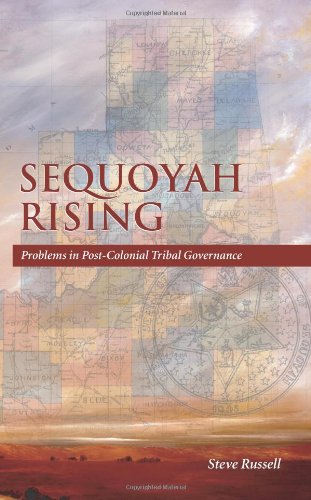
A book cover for Sequoyah Rising: Problems in Post-Colonial Tribal Governance; Steve Russell; Law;